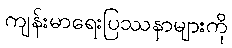
ကျန်းမာရေးပြဿနာများကို